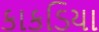
કાકડિયા